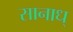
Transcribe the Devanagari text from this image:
सानाध्